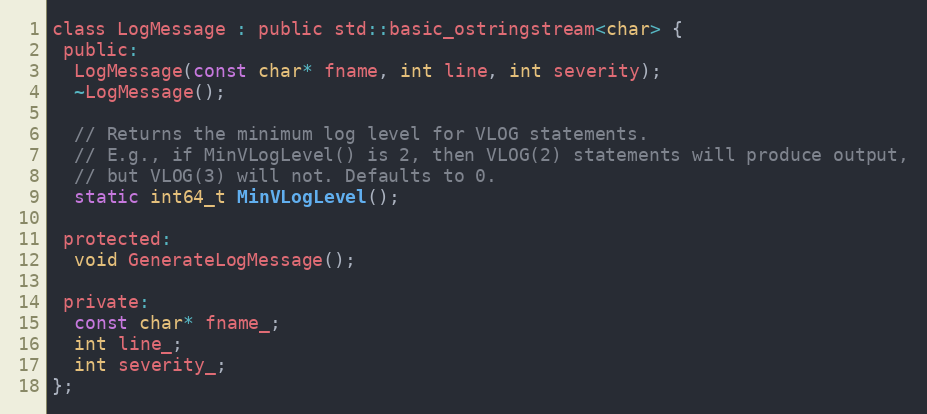
Language: C
class LogMessage : public std::basic_ostringstream<char> {
 public:
  LogMessage(const char* fname, int line, int severity);
  ~LogMessage();

  // Returns the minimum log level for VLOG statements.
  // E.g., if MinVLogLevel() is 2, then VLOG(2) statements will produce output,
  // but VLOG(3) will not. Defaults to 0.
  static int64_t MinVLogLevel();

 protected:
  void GenerateLogMessage();

 private:
  const char* fname_;
  int line_;
  int severity_;
};